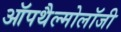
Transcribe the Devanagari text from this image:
ऑपथैल्मोलॉजी